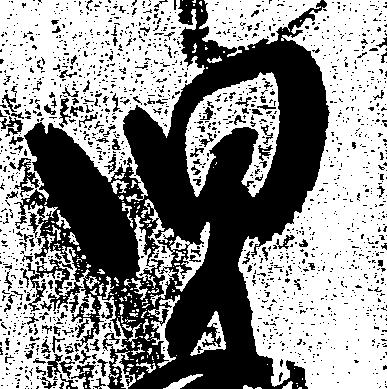
児